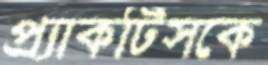
প্র্যাকটিসকে